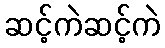
ဆင့်ကဲဆင့်ကဲ